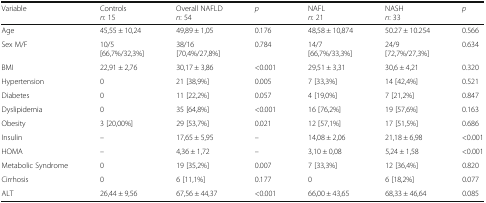
| Variable | Controlsn: 15 | Overall NAFLDn: 54 | p | NAFLn: 21 | NASHn: 33 | p |
 | --- | --- | --- | --- | --- | --- | --- |
 | Age | 45,55 ± 10,24 | 49,89 ± 1,05 | 0.176 | 48,58 ± 10,874 | 50.27 ± 10.254 | 0.566 |
 | Sex M/F | 10/5[66,7%/32,3%] | 38/16[70,4%/27,8%] | 0.784 | 14/7[66,7%/33,3%] | 24/9[72,7%/27,3%] | 0.634 |
 | BMI | 22,91 ± 2,76 | 30,17 ± 3,86 | <0.001 | 29,51 ± 3,31 | 30,6 ± 4,21 | 0.320 |
 | Hypertension | 0 | 21 [38,9%] | 0.005 | 7 [33,3%] | 14 [42,4%] | 0.521 |
 | Diabetes | 0 | 11 [22,2%] | 0.057 | 4 [19,0%] | 7 [21,2%] | 0.847 |
 | Dyslipidemia | 0 | 35 [64,8%] | <0.001 | 16 [76,2%] | 19 [57,6%] | 0.163 |
 | Obesity | 3 [20,00%] | 29 [53,7%] | 0.021 | 12 [57,1%] | 17 [51,5%] | 0.686 |
 | Insulin | – | 17,65 ± 5,95 | – | 14,08 ± 2,06 | 21,18 ± 6,98 | <0.001 |
 | HOMA | – | 4,36 ± 1,72 | – | 3,10 ± 0,08 | 5,24 ± 1,58 | <0.001 |
 | Metabolic Syndrome | 0 | 19 [35,2%] | 0.007 | 7 [33,3%] | 12 [36,4%] | 0.820 |
 | Cirrhosis | 0 | 6 [11,1%] | 0.177 | 0 | 6 [18,2%] | 0.077 |
 | ALT | 26,44 ± 9,56 | 67,56 ± 44,37 | <0.001 | 66,00 ± 43,65 | 68,33 ± 46,64 | 0.085 |